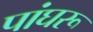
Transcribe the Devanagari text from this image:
पांघरू